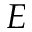
E